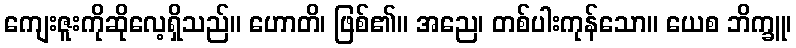
ကျေးဇူးကိုဆိုလေ့ရှိသည်။ ဟောတိ၊ ဖြစ်၏။ အညေ၊ တစ်ပါးကုန်သော။ ယေစ ဘိက္ခူ၊